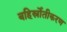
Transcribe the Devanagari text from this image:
बहिर्स्रोतीकरण